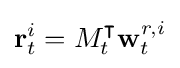
\mathbf {r} _{t}^{i}=M_{t}^{\intercal }\mathbf {w} _{t}^{r,i}